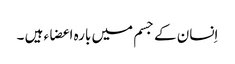
اِنسان کے جسم میں بارہ اعضاء ہیں ۔